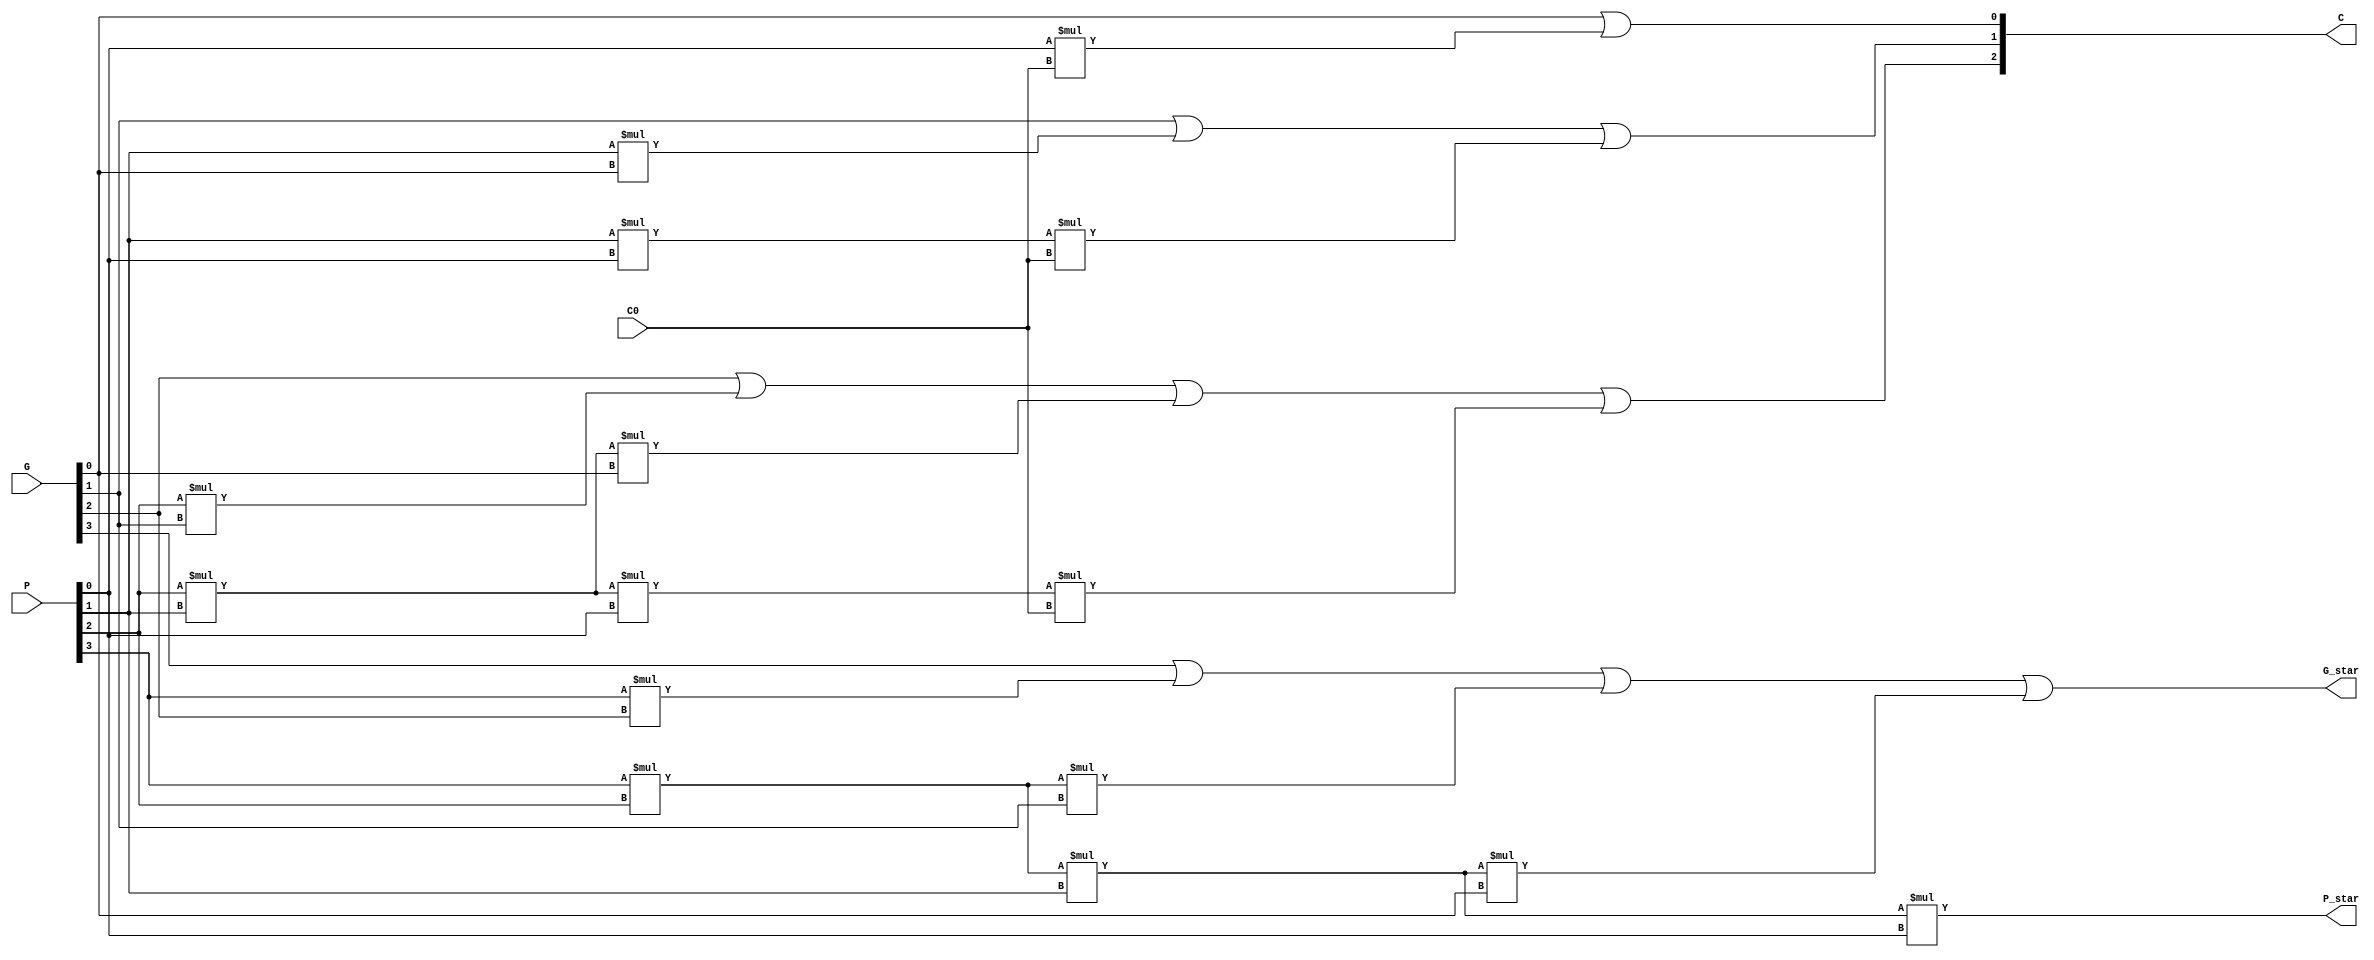
//Block carry lookahead unit for 2 level carry lookahead adder
module block_carry_lookahead_unit(G_star, P_star, C, G, P, C0);
// use dataflow, use wire I/O
output wire G_star, P_star; // generate/propagate
output wire [3:1] C; // C3, C2, 1, C is 3 bits wide 
input wire [3:0] G, P; // generates and propagates
input wire C0; // input carry
assign #4 G_star = G[3] | (P[3] * G[2]) | (P[3] * P[2] * G[1]) | (P[3] * P[2] * P[1] * G[0]);
assign #2 P_star = P[3] * P[2] * P[1] * P[0];
assign #4 C[1] = G[0] | (P[0] * C0);
assign #4 C[2] = G[1] | (P[1] * G[0]) | (P[1] * P[0] * C0);
assign #4 C[3] = G[2] | (P[2] * G[1]) | (P[2] * P[1] * G[0]) | (P[2] * P[1] * P[0] * C0);

endmodule